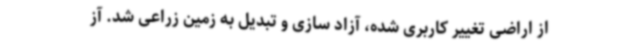
از اراضی تغییر کاربری شده، آزاد سازی و تبدیل به زمین زراعی شد. آز